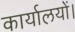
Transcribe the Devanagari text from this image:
कार्यालयों।